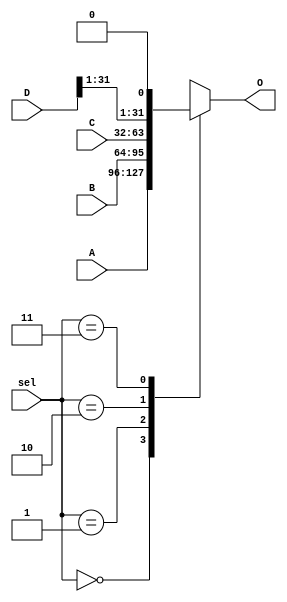
`timescale 1ns / 1ps
//////////////////////////////////////////////////////////////////////////////////
// Company: 
// Engineer: 
// 
// Design Name: 
// Module Name:    Mux4entradas 
// Project Name: 
// Target Devices: 
// Tool versions: 
// Description: 
//
// Dependencies: 
//
// Revision: 
// Revision 0.01 - File Created
// Additional Comments: 
//
//////////////////////////////////////////////////////////////////////////////////

/*
Este bloque es muy similar a un mux de 4 entradas con la diferencia de la direccin 2'b11
en este caso le asigna cero a la salida al bit menos significativo de la entrada D, esto considerando la operacin
del JALR

-Entradas
A: Primer entrada del mux 2'b00
B: Segundo entrada del mux 2'b01
C: Tercer entrada del mux 2'b10
D: Cuarta entrada del mux 2'b11
sel: Seleccionar cual salida poner en el mux

-Salidas
O: Salida con el valor de alguna de las entradas

*/

module Mux4entradas(A, B, C, D, O, sel
    );
	// Este Mux se encarga de eligir la direccion del PC
	//Definicion de entradas y salidas 
	input[1:0] sel;
	input[31:0] A, B, C, D;
	output reg[31:0] O;

	//Descripcion del MUX
	always @(*)
	begin
		case(sel)
		'b00: O = A;
		'b01: O = B;
		'b10: O = C;
		'b11: O = {D[31:1], 1'b0}; //para el caso de JALR
		endcase
	end
endmodule